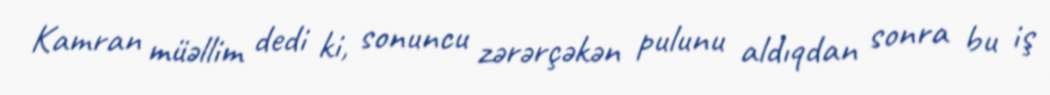
Kamran müəllim dedi ki, sonuncu zərərçəkən pulunu aldıqdan sonra bu iş